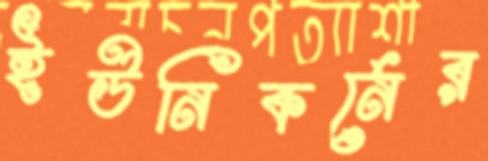
ইউনিকর্নের